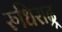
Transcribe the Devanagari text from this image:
रुधिराद्र्र